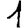
Digit: 1